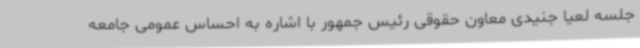
جلسه لعیا جنیدی معاون حقوقی رئیس جمهور با اشاره به احساس عمومی جامعه